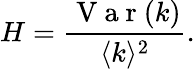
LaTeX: H=\frac{\mathrm{~V~a~r~}(k)}{\langle k\rangle^{2}}.